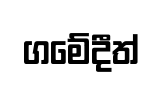
ගමේදීත්